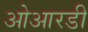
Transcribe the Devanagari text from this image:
ओआरडी